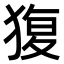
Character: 𤟱